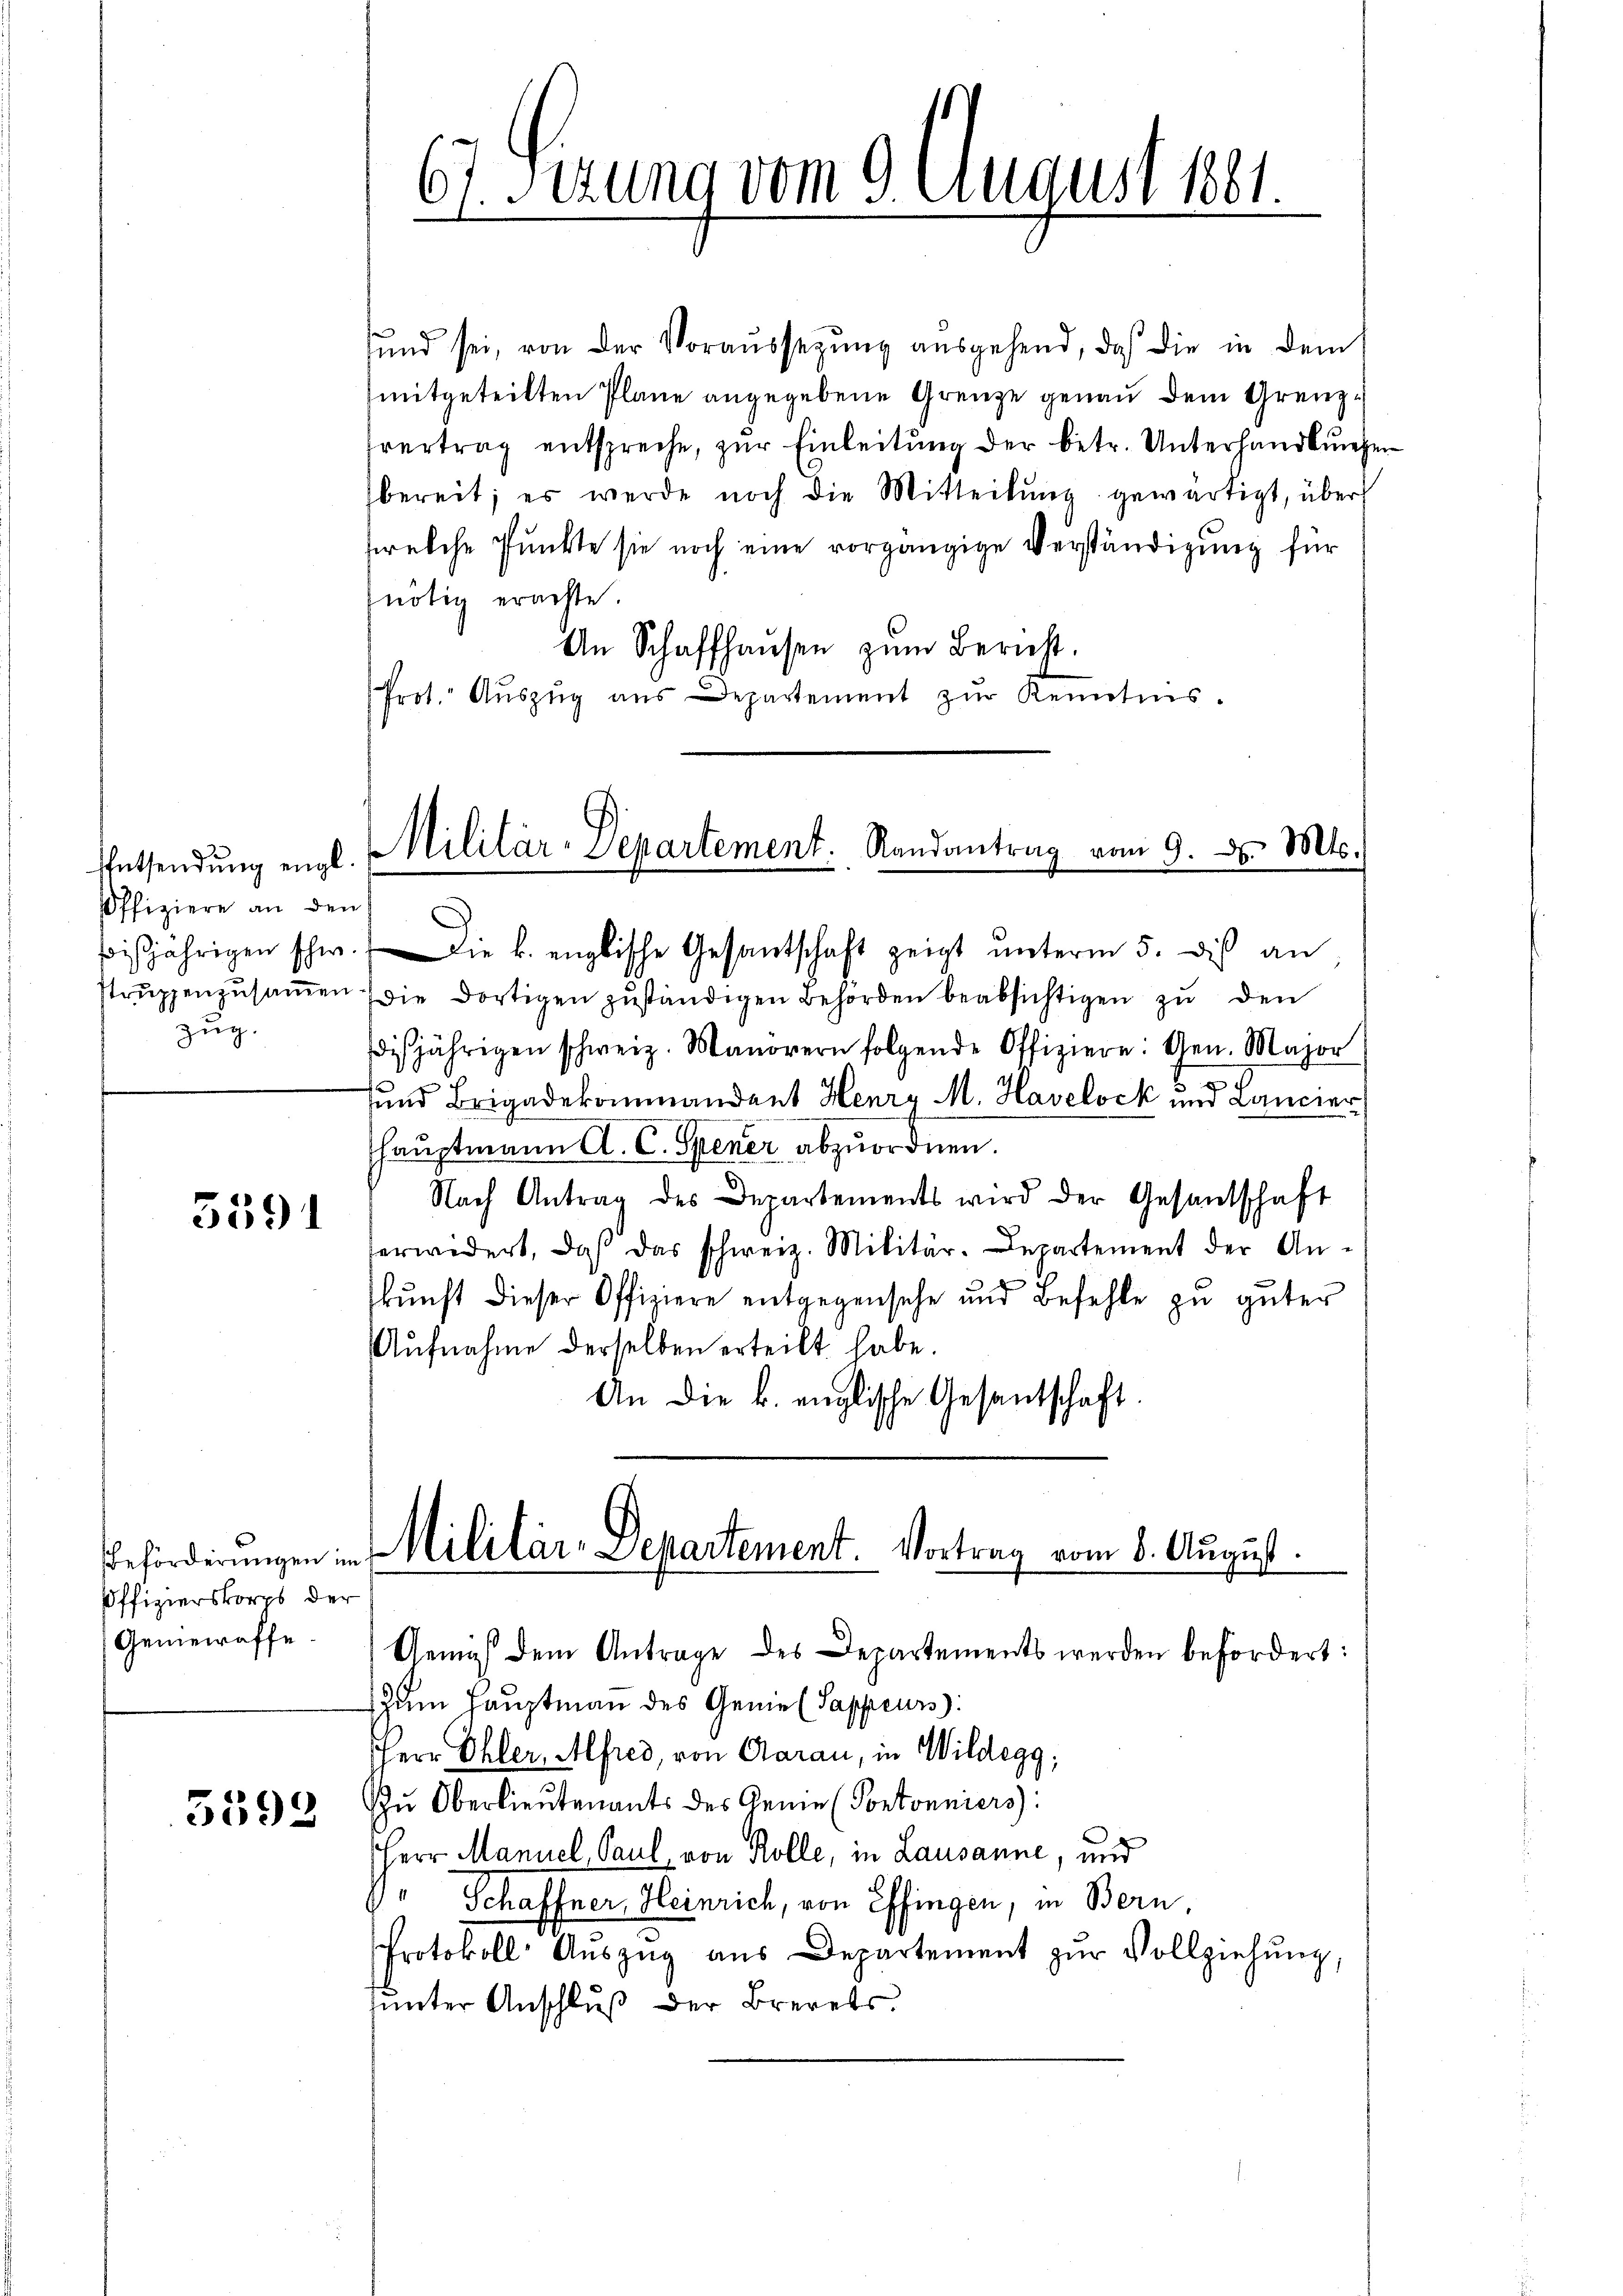
Entsendung engl.
Offiziere an den
zug.

3591

3592

Offizierskorps der
Gemeiraffe.

sund sei, von der Voraussezung ausgehend, daß die in dem
mitgeteilten Plane angegebene Grenze genau dem Grenzhvertrag entspreche, zur Einleitung der betr. Unterhandlungen
bereit; es werde noch die Mitteilŭng gewärtigt, über
welche Punkte sie noch eine vorgängige Verständigung für
nötig erachte
An Schaffhaŭsen zŭm Bericht.
Prot. Aŭszŭg aŭs Departement zŭr Kenntnis.

67. Sitzung vom 9. August 1881.

Militär-Departement. Randantrag vom 9. d. Mts.
e

bisjährigen schw. Die k. englische Gesantschaft zeigt ŭnterm 5. dieß an
strŭppenzŭsaṁen die dortigen zŭständigen Behörden beabsichtigen zu den
isjährigen schweiz. Manorern folgende Offiziere: Gen. Major
5
sund Brigadekommandent Herr M. Havelock und Cancier
hauptmann A. C. Spener abzuordnen.
Nach Antrag des Departements wird der Gesandschaft
ferwidert, daß das schweiz. Militär-Departement der An-
skunft dieser Offiziere entgegensehe und Befehle zu güter
Aufnahme derselben erteilt habe.
An die k. englische Gesantschaft.

Beförderungen in Militär-Departement. Vortrag vom 8. August.

Gemäß dem Antrage des Departements werden befördert:
zum Hauptmann des Geniel Sappeurs:
Herr Ohler, Alfred, von Garan, in Wildegg;
u Oberlieutenants des Geme (Portonniers:
Herr Manuel, Paul, von Kolle, in Lausanne, und
Schaffner, Heinrich, von Effingen, in Bern,
Protokoll- Aŭszŭg aŭs Departement zŭr Vollziehŭng,
sunter Anschluß der Brevets.